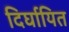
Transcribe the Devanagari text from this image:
दिर्घायित